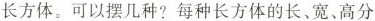
长方体。可以摆几种？每种长方体的长、宽、高分